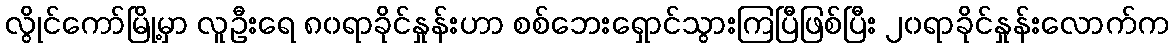
လွိုင်ကော်မြို့မှာ လူဦးရေ ၈၀ရာခိုင်နှုန်းဟာ စစ်ဘေးရှောင်သွားကြပြီဖြစ်ပြီး ၂၀ရာခိုင်နှုန်းလောက်က